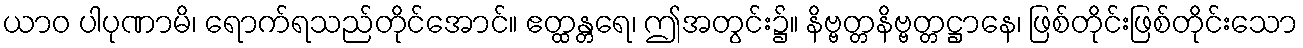
ယာဝ ပါပုဏာမိ၊ ရောက်ရသည်တိုင်အောင်။ ဧတ္ထန္တရေ၊ ဤအတွင်း၌။ နိဗ္ဗတ္တနိဗ္ဗတ္တဋ္ဌာနေ၊ ဖြစ်တိုင်းဖြစ်တိုင်းသော